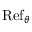
\operatorname { R e f } _ { \theta }